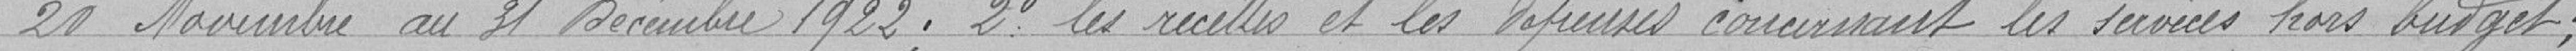
21 Novembre au 31 Décembre 1922; 2° les recettes et les dépenses concernant les services hors budget;